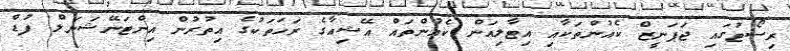
ރިސޯޓުގައި ޖަޕަނީޒް ކެއުންތަކާއި އިޓާލިއަން ކެއުންތައް އޭޝިއާގެ ރަހަތަކުގެ އިތުރުން އިންޓަނޭޝަނަލް ފުޑް